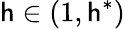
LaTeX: \mathsf{h}\in(1,\mathsf{h}^{*})